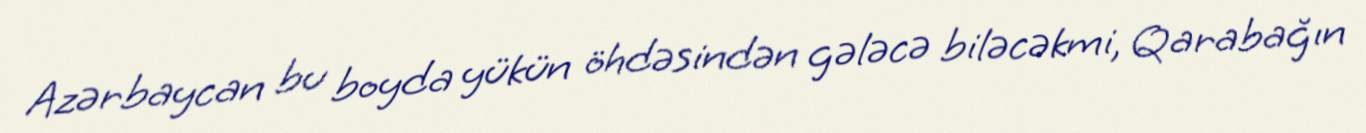
Azərbaycan bu boyda yükün öhdəsindən gələcə biləcəkmi, Qarabağın